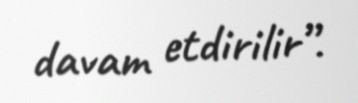
davam etdirilir”.